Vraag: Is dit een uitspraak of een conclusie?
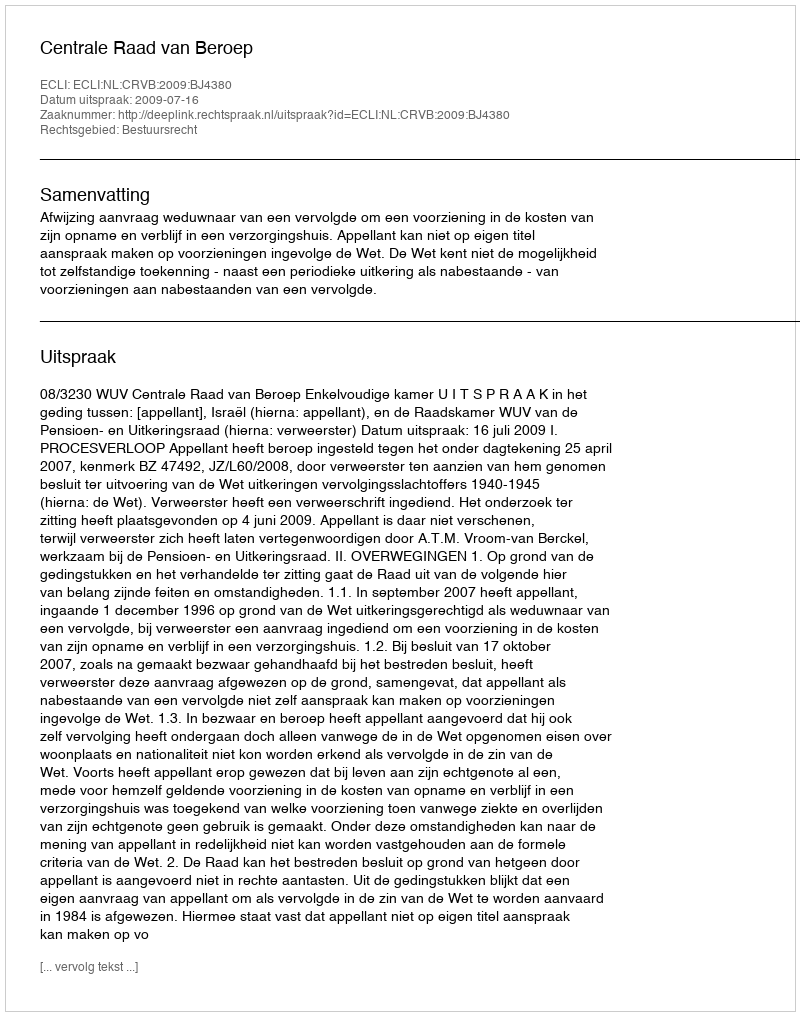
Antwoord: Uitspraak